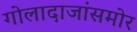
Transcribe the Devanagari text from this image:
गोलादाजांसमोर